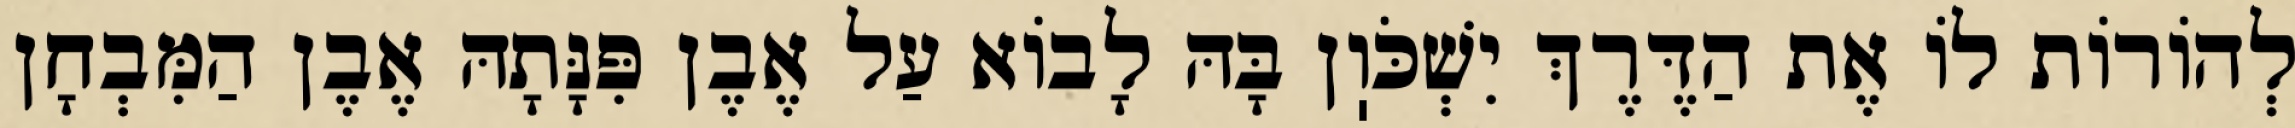
לְהוֹרוֹת לוֹ אֶת הַדֶּרֶךְ יִשְׁכֹּוֽן בָּהּ לָבוֹא עַל אֶבֶן פִּנָּתָהּ אֶבֶן הַמִּבְחָן